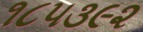
૧૮૫૩૯૨